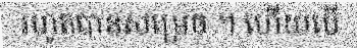
រហូតបានសម្រេច ។ ហើយបើ